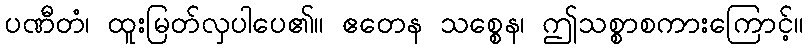
ပဏီတံ၊ ထူးမြတ်လှပါပေ၏။ ဧတေန သစ္စေန၊ ဤသစ္စာစကားကြောင့်။